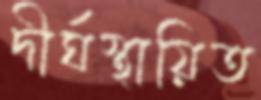
দীর্ঘস্থায়িত